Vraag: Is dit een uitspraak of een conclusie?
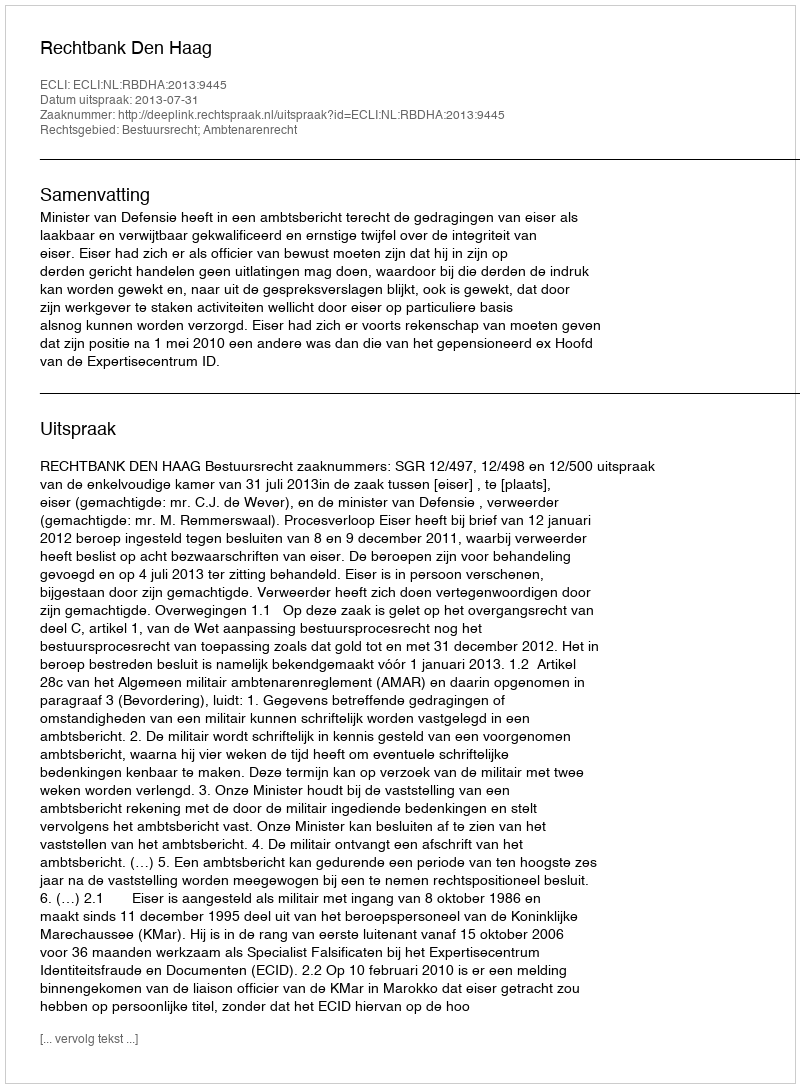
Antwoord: Uitspraak